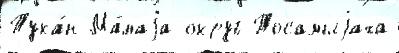
Тука́н Ма́лаjа округ Тосамыjаха